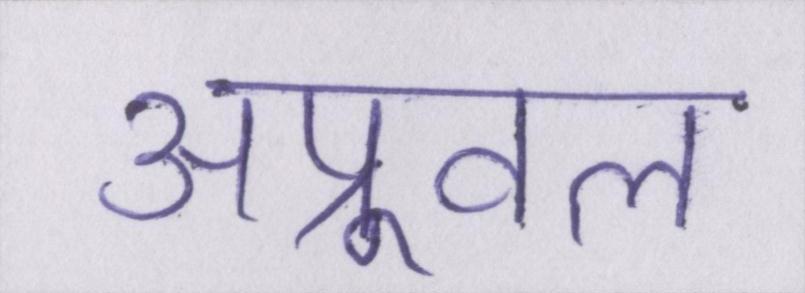
अप्रूवल